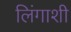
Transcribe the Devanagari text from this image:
लिंगाशी